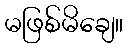
မဖြစ်မိချေ။